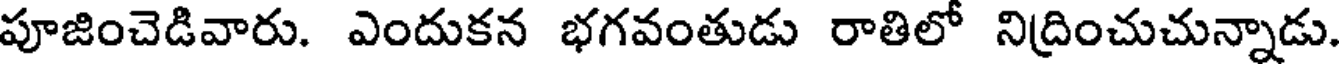
పూజించెడివారు. ఎందుకన భగవంతుడు రాతిలో నిద్రించుచున్నాడు.